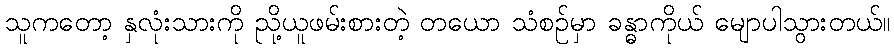
သူကတော့ နှလုံးသားကို ညို့ယူဖမ်းစားတဲ့ တယော သံစဉ်မှာ ခန္ဓာကိုယ် မျောပါသွားတယ်။